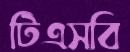
টিএসবি